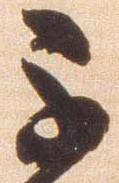
不